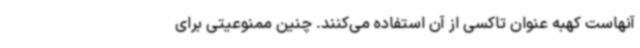
آنهاست کهبه عنوان تاکسی از آن استفاده می‌کنند. چنین ممنوعیتی برای